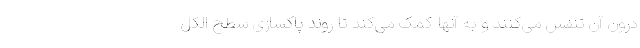
درون آن تنفس می‌کنند و به آنها کمک می‌کند تا روند پاکسازی سطح الکل